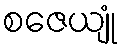
စဇေယျုံ